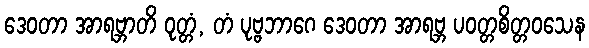
ဒေဝတာ အာရဗ္ဘာတိ ဝုတ္တံ, တံ ပုဗ္ဗဘာဂေ ဒေဝတာ အာရဗ္ဘ ပဝတ္တစိတ္တဝသေန